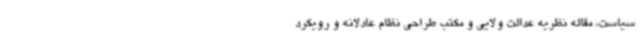
سیاست، مقاله نظریه عدالت ولایی و مکتب طراحی نظام عادلانه و رویکرد